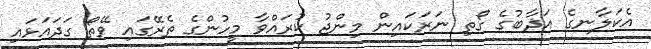
އެކަލާނގެ އަޛާބުގެ ގޯތި ނަރަކައިން މިންޖު ކުރައްވާ މީހުންގެ ތެރޭގައި ވޭތޯ ގަދައަޅައި